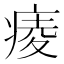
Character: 𤷖